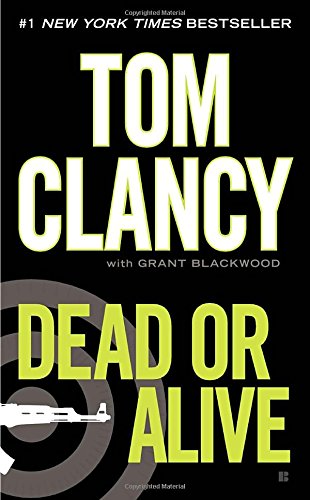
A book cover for Dead or Alive (A Jack Ryan Novel); Tom Clancy; Mystery, Thriller & Suspense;